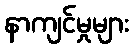
နာကျင်မှုများ